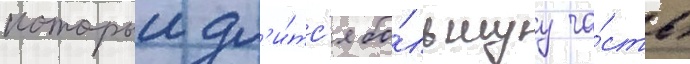
которыи дл'и́тс'я бо́льшуу ча́сть